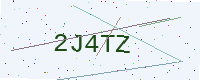
Text: 2J4TZ